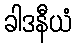
ခါဒနီယံ